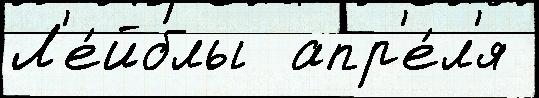
Л'е́йблы  апр'е́л'я